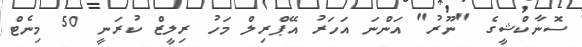
ސޮނާކްޝީގެ "ނޫރު" އަންނަ އަހަރު އޭޕްރިލް މަހު ރިލީޒް ކުރަނީ 50 މިނެޓް